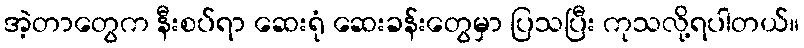
အဲ့တာတွေက နီးစပ်ရာ ဆေးရုံ ဆေးခန်းတွေမှာ ပြသပြီး ကုသလို့ရပါတယ်။